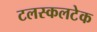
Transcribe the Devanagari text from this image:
टलस्कलटेक